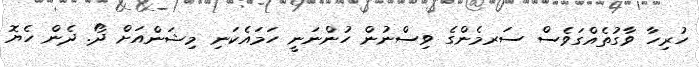
ހުރިހާ ވާގުތެއްގަވެސް ސަރމެންގެ ވިސްނުން ހުންނަނީ ހަމައެކަނި މިޝަންއަށް ދޯ. ދެން ހެޔޮ